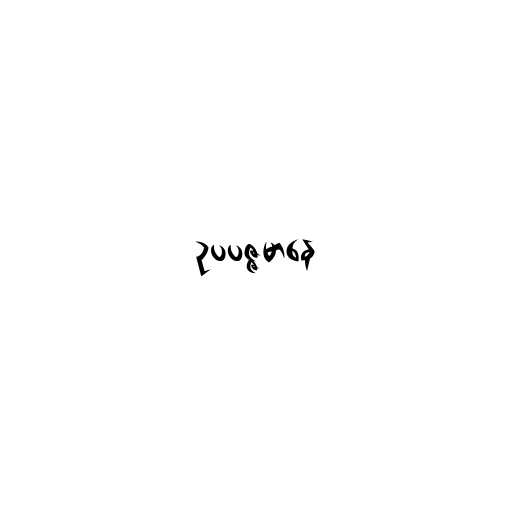
ဥပပဇ္ဇမာနေ